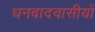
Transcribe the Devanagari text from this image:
धनबादवासीयों